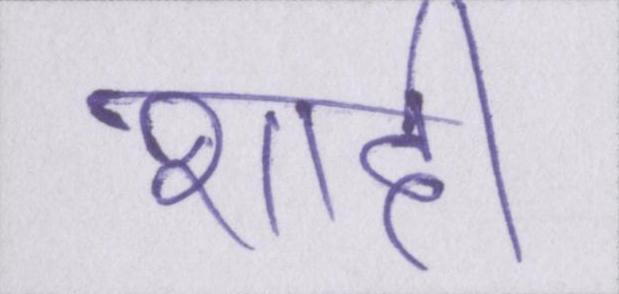
शादी